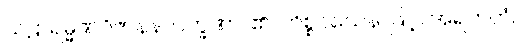
သဠာရမ္မဏဝိဇာနနလက္ခဏာ၊ ၏။ ကိစ္စဝသေန၊ ဖြင့်။ အရဟတံ၊